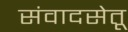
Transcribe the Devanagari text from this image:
संवादसेतू